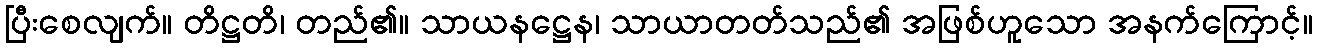
ပြီးစေလျက်။ တိဋ္ဌတိ၊ တည်၏။ သာယနဋ္ဌေန၊ သာယာတတ်သည်၏ အဖြစ်ဟူသော အနက်ကြောင့်။